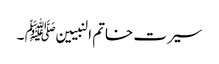
سیرت خاتم النبیین ﷺ ۔